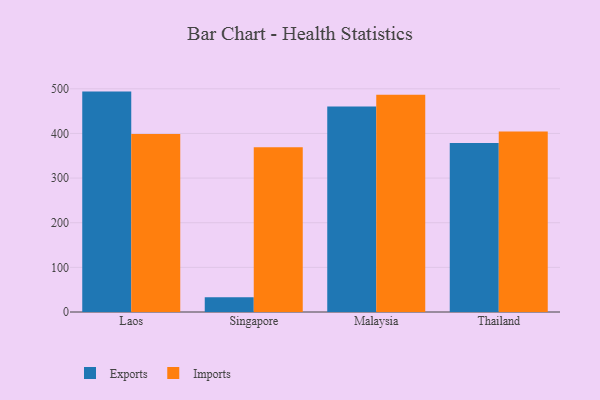
{"axis": {"x": "Country", "y": "Budget (USD K)"}, "legend": ["Exports", "Imports"], "data": [{"x": "Laos", "y": 493.7, "type": "Exports"}, {"x": "Laos", "y": 398.5, "type": "Imports"}, {"x": "Singapore", "y": 33.3, "type": "Exports"}, {"x": "Singapore", "y": 368.8, "type": "Imports"}, {"x": "Malaysia", "y": 460.6, "type": "Exports"}, {"x": "Malaysia", "y": 486.5, "type": "Imports"}, {"x": "Thailand", "y": 378.3, "type": "Exports"}, {"x": "Thailand", "y": 404.3, "type": "Imports"}]}